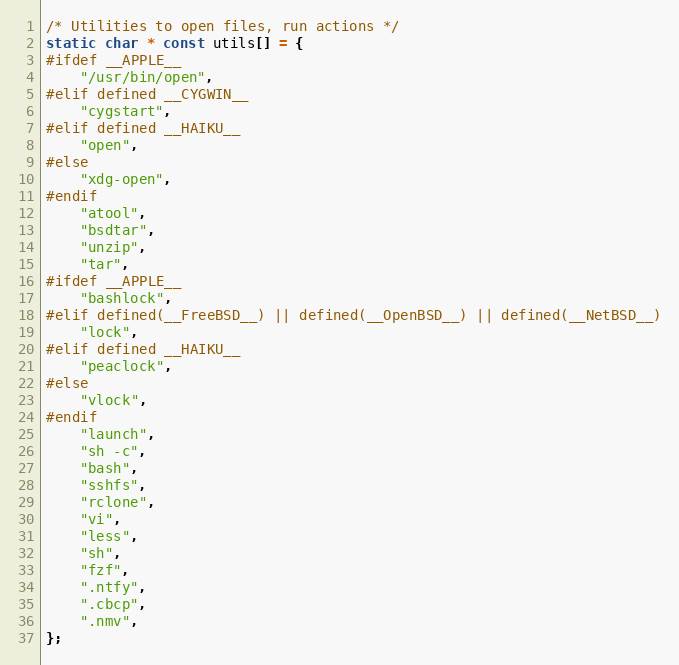
Language: C
/* Utilities to open files, run actions */
static char * const utils[] = {
#ifdef __APPLE__
	"/usr/bin/open",
#elif defined __CYGWIN__
	"cygstart",
#elif defined __HAIKU__
	"open",
#else
	"xdg-open",
#endif
	"atool",
	"bsdtar",
	"unzip",
	"tar",
#ifdef __APPLE__
	"bashlock",
#elif defined(__FreeBSD__) || defined(__OpenBSD__) || defined(__NetBSD__)
	"lock",
#elif defined __HAIKU__
	"peaclock",
#else
	"vlock",
#endif
	"launch",
	"sh -c",
	"bash",
	"sshfs",
	"rclone",
	"vi",
	"less",
	"sh",
	"fzf",
	".ntfy",
	".cbcp",
	".nmv",
};